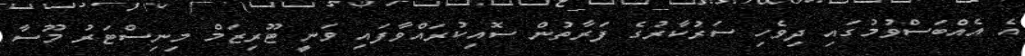
އެ އެއްބަސްވުމުގައި ދިވެހި ސަރުކާރުގެ ފަރާތުން ސޮއިކުރައްވާފައި ވަނީ ޓޫރިޒަމް މިނިސްޓަރު މޫސާ